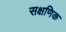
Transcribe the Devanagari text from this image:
सक्षणिक